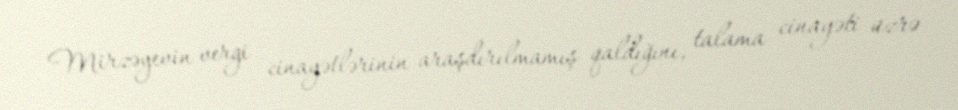
Mirzəyevin vergi cinayətlərinin araşdırılmamış qaldığını, talama cinayəti üzrə